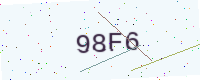
Text: 98F6